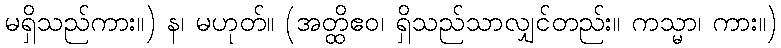
မရှိသည်ကား။) န၊ မဟုတ်။ (အတ္ထိဧဝ၊ ရှိသည်သာလျှင်တည်း။ ကသ္မာ၊ ကား။)